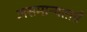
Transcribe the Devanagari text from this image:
असमान्यताएँ